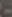
-